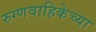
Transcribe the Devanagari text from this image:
रुग्णवाहिकेच्या